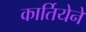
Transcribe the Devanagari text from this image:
कार्तियेने